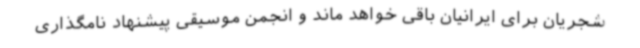
شجریان برای ایرانیان باقی خواهد ماند و انجمن موسیقی پیشنهاد نامگذاری